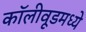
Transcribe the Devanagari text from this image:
कॉलीवूडमध्ये